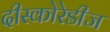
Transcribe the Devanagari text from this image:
दीस्कोरेडीज